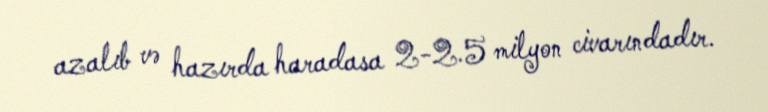
azalıb və hazırda haradasa 2-2.5 milyon civarındadır.